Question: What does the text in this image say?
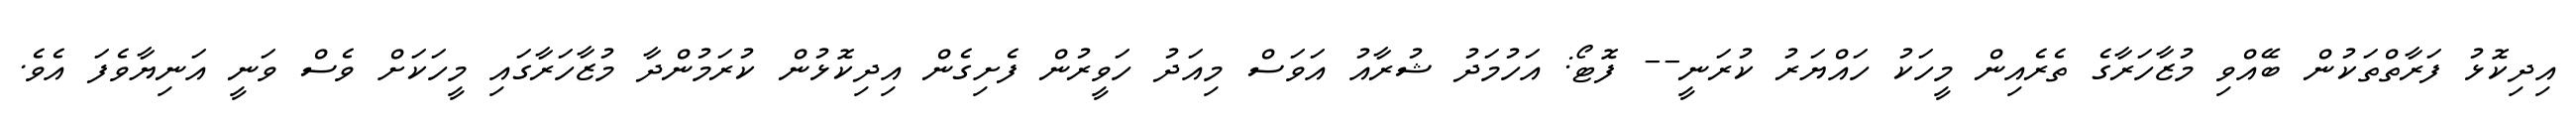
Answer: އިދިކޮޅު ފަރާތްތަކުން ބޭއްވި މުޒާހަރާގެ ތެރެއިން މީހަކު ހައްޔަރު ކުރަނީ-- ފޮޓޯ: އަހުމަދު ޝުރާއު އަވަސް މިއަދު ހަވީރުން ފެށިގެން އިދިކޮޅުން ކުރަމުންދާ މުޒާހަރާގައި މީހަކަށް ވެސް ވަނީ އަނިޔާވެފަ އެވެ.